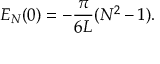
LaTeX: E _ { N } ( 0 ) = - \frac { \pi } { 6 L } ( N ^ { 2 } - 1 ) .